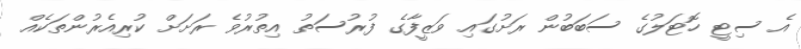
އެ ސިޓީ ހޮޓަލުގެ ސަބަބުން ރަށުގައި ވަޒީފާގެ ފުރުސަތު އިތުރުވެ ރަށަށް ކުރިއެރުންތަކެއް